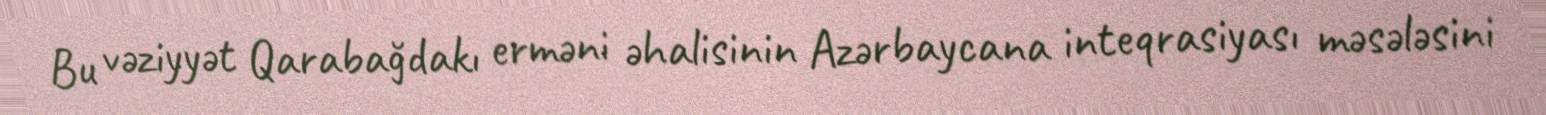
Bu vəziyyət Qarabağdakı erməni əhalisinin Azərbaycana inteqrasiyası məsələsini